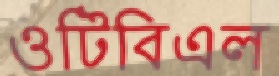
ওটিবিএল